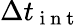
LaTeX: \Delta t_{\mathrm{~i~n~t~}}